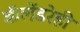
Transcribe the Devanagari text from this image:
कॅलेंडरेही